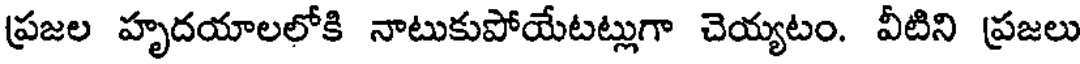
ప్రజల హృదయాలలోకి నాటుకుపోయేటట్లుగా చెయ్యటం. వీటిని ప్రజలు